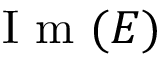
\mathrm { ~ I ~ m ~ } ( E )